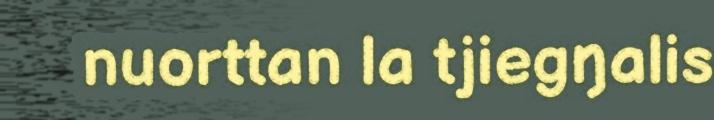
nuorttan la tjiegŋalis